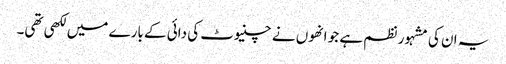
یہ ان کی مشہور نظم ہے جو انھوں نے چنیوٹ کی دائی کے بارے میں لکھی تھی۔